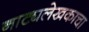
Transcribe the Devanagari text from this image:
नाट्यलेखकाचा